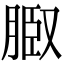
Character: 𦜌